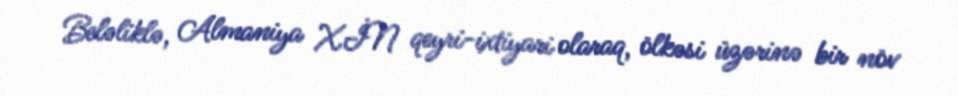
Beləliklə, Almaniya XİN qeyri-ixtiyari olaraq, ölkəsi üzərinə bir növ